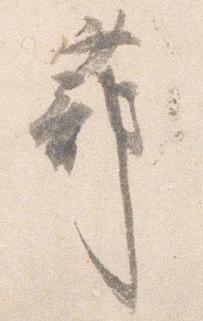
蔀